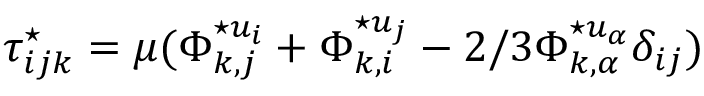
\tau _ { i j k } ^ { \star } = \mu ( \Phi _ { k , j } ^ { \star u _ { i } } + \Phi _ { k , i } ^ { \star u _ { j } } - 2 / 3 \Phi _ { k , \alpha } ^ { \star u _ { \alpha } } \delta _ { i j } )